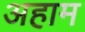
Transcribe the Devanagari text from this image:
अहाम